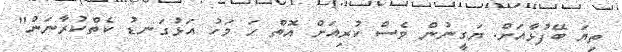
ތިޔަ ބޭފުޅާއަށް. ޔަގީނުން ވެސް ކުރިއަށް އޮތް ހަ މަހު އަޅުގަނޑު ކެތްކުރާނަން"